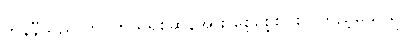
ဘွန်နီသည် တပ်ဟယ်ရစ်ဆန်အား စေ့စေ့စပ်စပ်ကြည့်မိသည်။